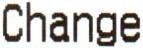
CHANGE